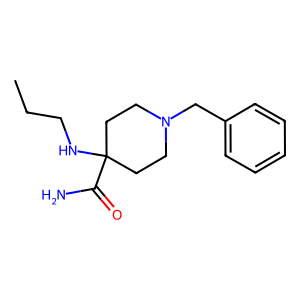
SMILES: CCCNC1(C(N)=O)CCN(Cc2ccccc2)CC1
Inhibits HIV replication: No